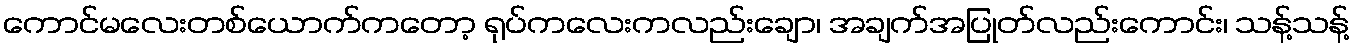
ကောင်မလေးတစ်ယောက်ကတော့ ရုပ်ကလေးကလည်းချော၊ အချက်အပြုတ်လည်းကောင်း၊ သန့်သန့်